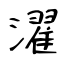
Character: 濯